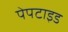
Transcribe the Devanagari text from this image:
पेपटाइड